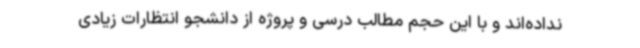
نداده‌اند و با این حجم مطالب درسی و پروژه از دانشجو انتظارات زیادی